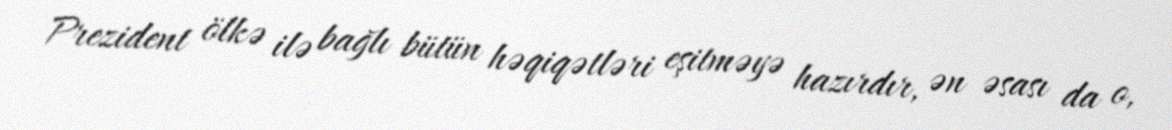
Prezident ölkə ilə bağlı bütün həqiqətləri eşitməyə hazırdır, ən əsası da o,